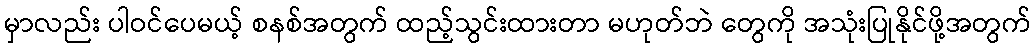
မှာလည်း ပါဝင်ပေမယ့် စနစ်အတွက် ထည့်သွင်းထားတာ မဟုတ်ဘဲ တွေကို အသုံးပြုနိုင်ဖို့အတွက်